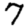
Digit: 7